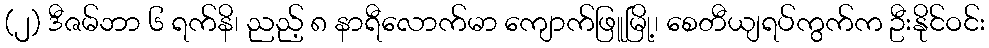
(၂) ဒီဇမ်ဘာ ၆ ရက်နိ၊ ညည့် ၈ နာရီလောက်မာ ကျောက်ဖြူမြို့၊ စေတီယျရပ်ကွက်က ဦးနိုင်ဝင်း